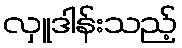
လှူဒါန်းသည့်